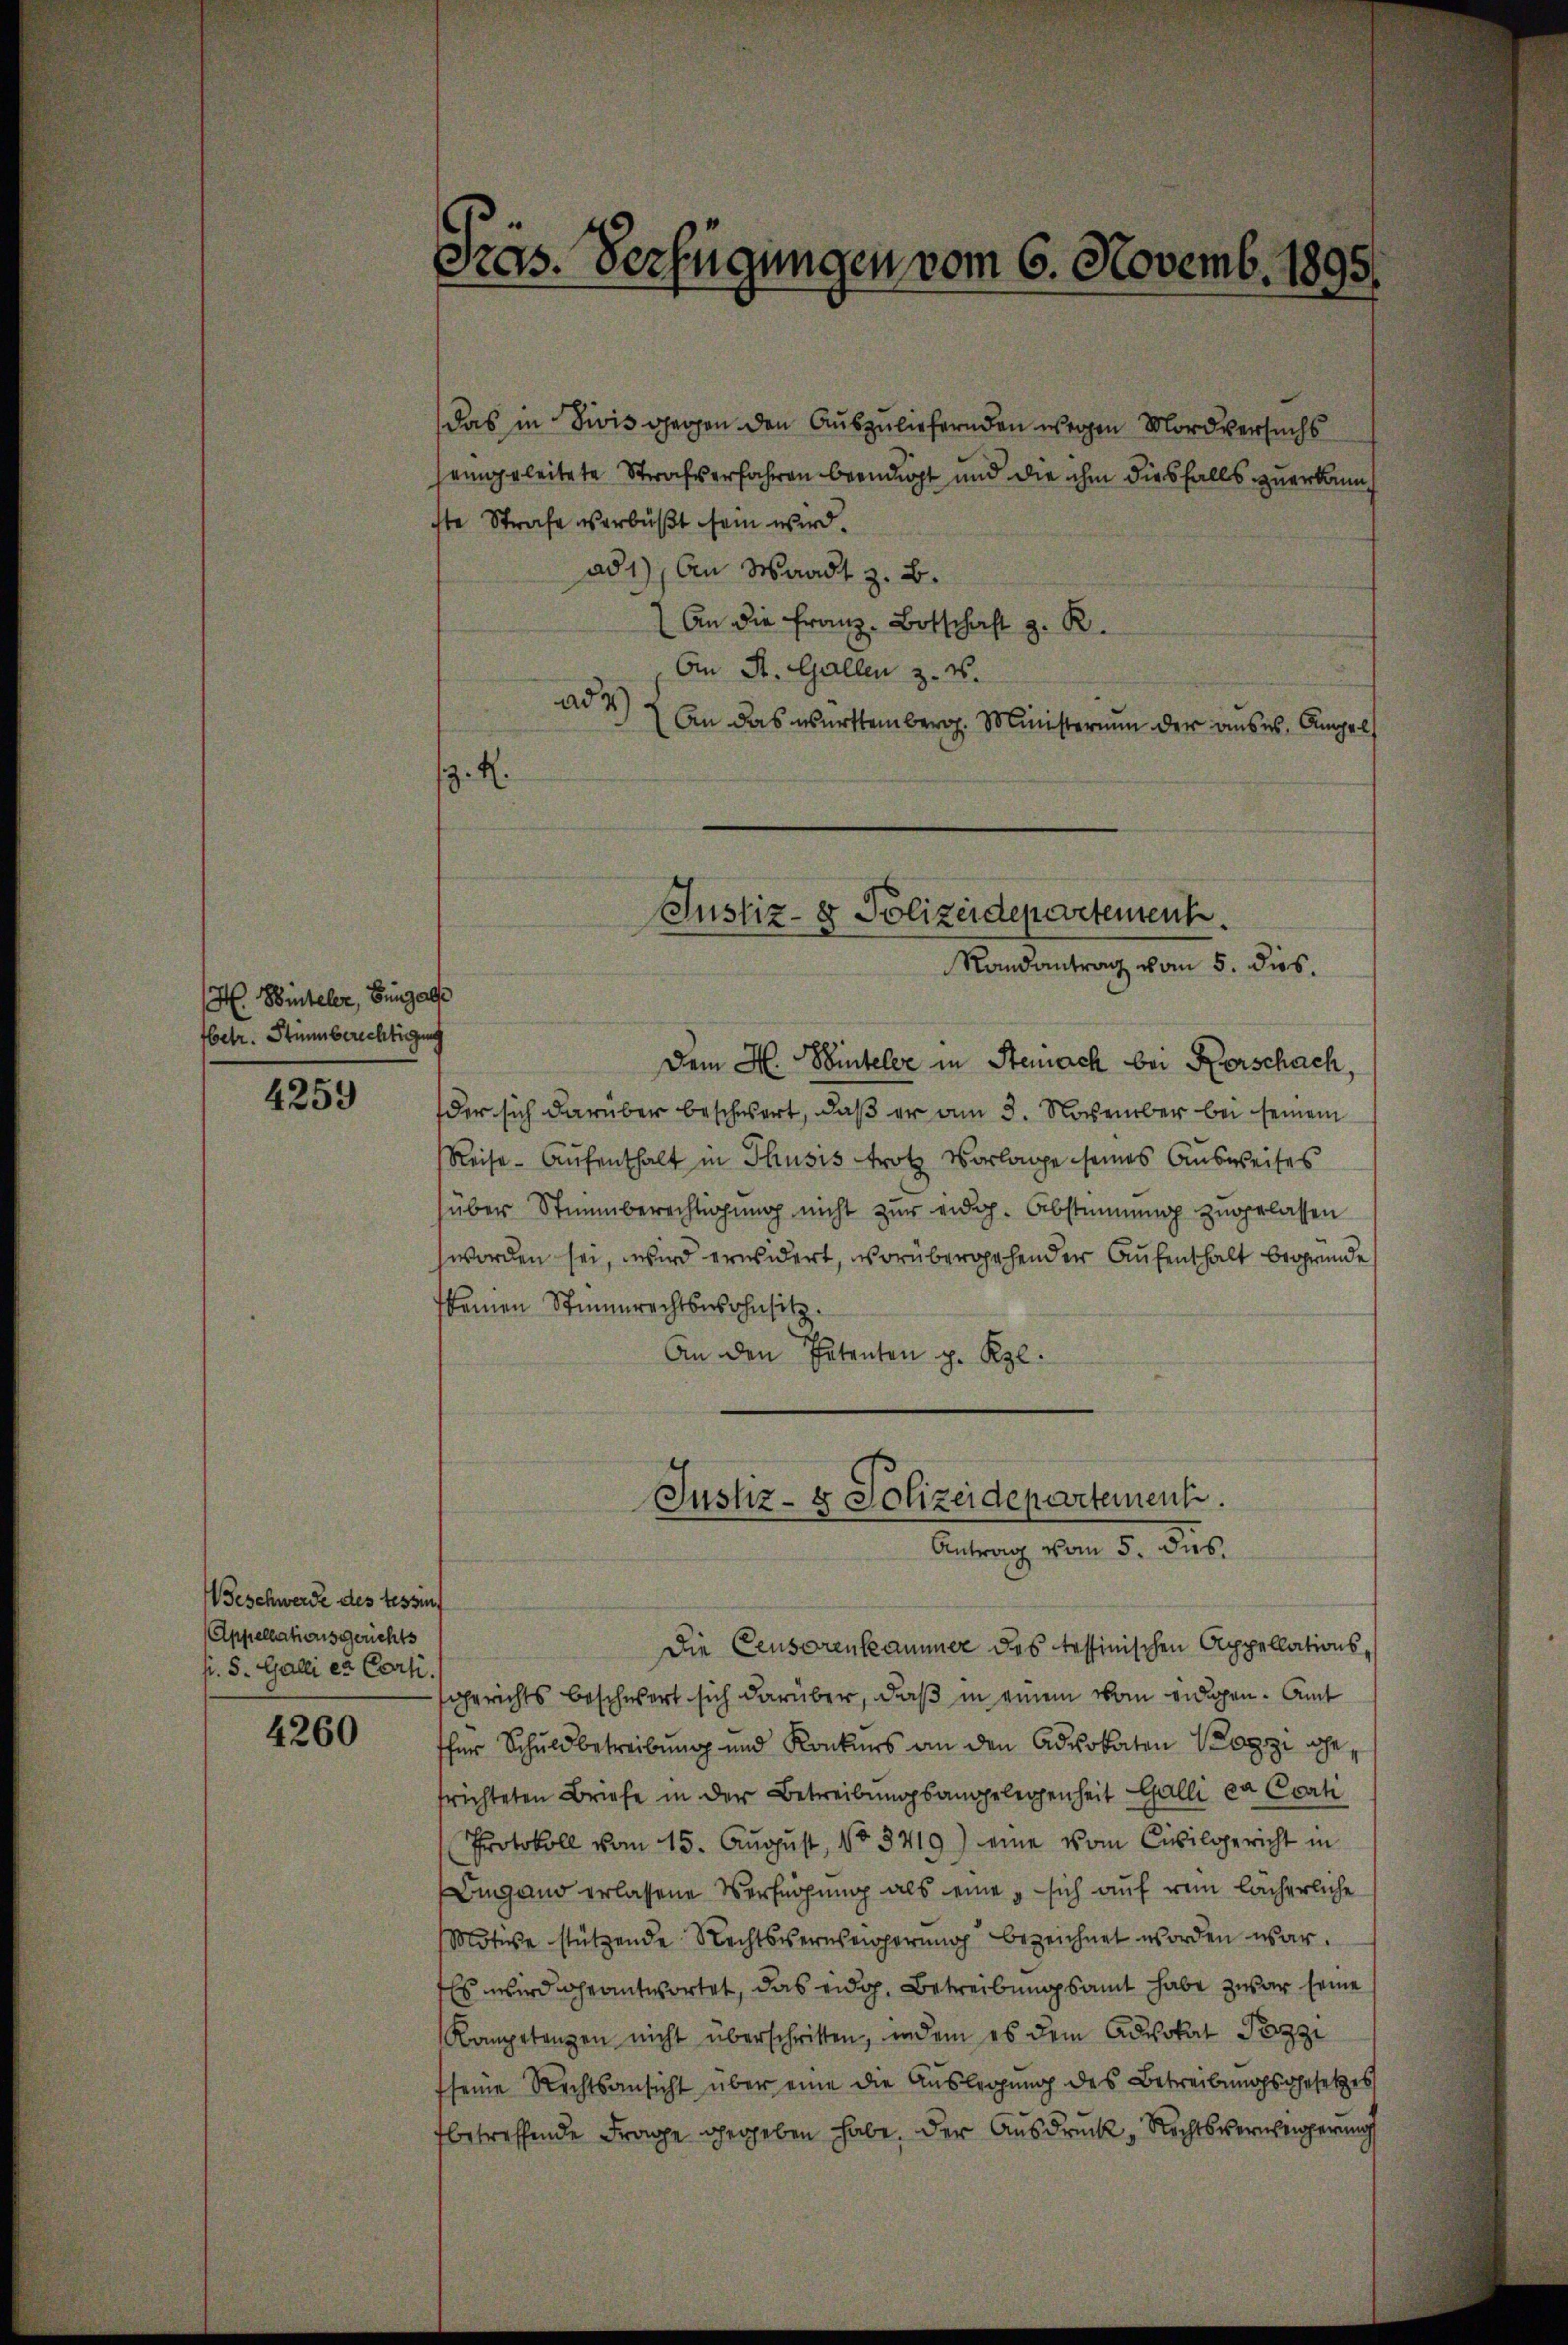
H. Hinteler, Bünzalse
fbetr. Humberechtigung

4259

Beschwerde des testif
Appellationsgerichts
fi. S. Galli es Conti.

4260

Pros. Verfügungen vom 6. Novemb. 1895.

das in Divis gegen den Auszuliefernden wegen Mordversuchs
seigeleitete Strafverfahren beendigt und die ihm diesfalls zuerkannt
ste Strafe verbüßt sein wird.
ad1), An Waadt z. B.
An die Franz- Botschaft z. R.
An St. Gallen z. v.
ad 2.)
An das württemberg. Ministerium der auses, Angel
. K.

Justiz- & Polizeidepartement.
Randantrag vom 5. dies.

Dem H. Winteler in Stemnach bei Verschach
der sich darüber beschwert, daß er am 3. November bei seinem
Reise - Aufenthalt in Thusis trotz Vorlage seines Ausweises
über Stimmberechtigung nicht zur eidg. Abstimmung zugelassen
worden sei, wird erwidert, vorübergehender Aufenthalt begründe
keinen Stimmrechtssohnsitz.
An den Petenten p. Kgl.

Die Censorenkammer des tessinischen Appellationsgerichts beschwert sich darüber, daß in einem vom eidgen. Amt
ther Schuldbetreibung und Konkurs an den Advokaten Kozzi wohe
frichteten Briefe in der Betreibŭngsangelegenheit Galli ca Ccati
Protokoll vom 15. August, No 3719) eine vom Civilgericht in
Lugano erlassene Verfügung als eine sich auf rein lächerliche
Motive stützende Rechtssernseigerung bezeichnet worden war.
Es wird geantwortet, das eidg. Betreibungsamt habe zwar seine
Kompetenzen nicht überschritten, indem es dem Advokat Pozzi
seine Rechtsansicht über eine die Auslegung des Betreibungsgesetzes
fbetreffende Frage gegeben habe. Der Ausdruck, Rechtsverweigerung

Justiz- & Polizeidepartement.
Antrag vom 5. das